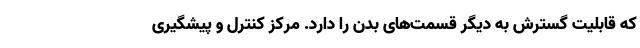
که قابلیت گسترش به دیگر قسمت‌های بدن را دارد. مرکز کنترل و پیشگیری